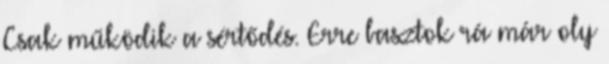
Csak működik a sértődés. Erre basztok rá már oly